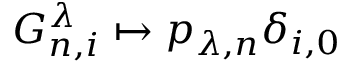
G _ { n , i } ^ { \lambda } \mapsto p _ { \lambda , n } \delta _ { i , 0 }